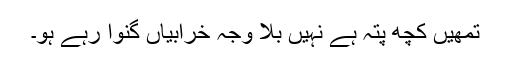
تمھیں کچھ پتہ ہے نہیں بلا وجہ خرابیاں گنوا رہے ہو۔